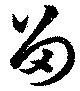
留